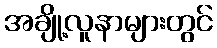
အချို့လူနာများတွင်